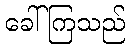
ခေါ်ကြသည်